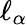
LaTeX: \ell_{\alpha}